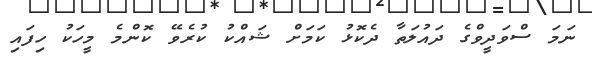
ނަމަ ސްވަދީވްގެ ދައުލަތާ ދެކޮޅު ކަމަށް ޝައްކު ކުރެވޭ ކޮންމެ މީހަކު ހިފައި